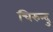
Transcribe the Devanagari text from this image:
चिरुन्दु